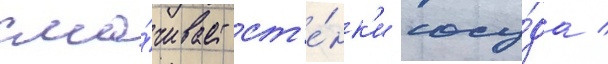
сма́чивает ст'е́нк'и сосу́да /